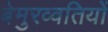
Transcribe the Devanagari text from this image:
बेमुरव्वतियों